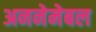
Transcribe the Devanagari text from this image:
अननेमेबल